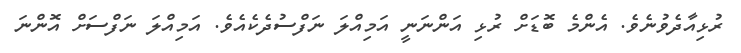
ރުޅިއާދެވުނެވެ. އެންމެ ބޮޑަށް ރުޅި އަންނަނީ އަމިއްލަ ނަފްސުދެކެއެވެ. އަމިއްލަ ނަފްސަށް އޮންނަ